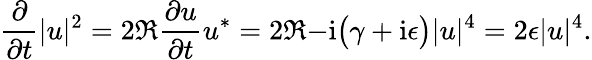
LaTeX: \frac{\partial}{\partial t}\lvert u\rvert^{2}=2\Re{\frac{\partial u}{\partial t}u^{\ast}}=2\Re{-\mathrm{i}\big(\gamma+\mathrm{i}\epsilon\big)\lvert u\rvert^{4}}=2\epsilon\lvert u\rvert^{4}.